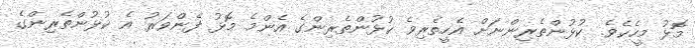
މޮޅު މީހެކެވެ. ކުޅުންތެރިންނަށް އެހީތެރިވެ ކުޅުންތެރިންގެ އެންމެ މޮޅު ފެންވަރު އެ ކުޅުންތެރިންގެ